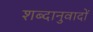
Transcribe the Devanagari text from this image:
शब्दानुवादों